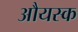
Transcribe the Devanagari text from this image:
औयस्क